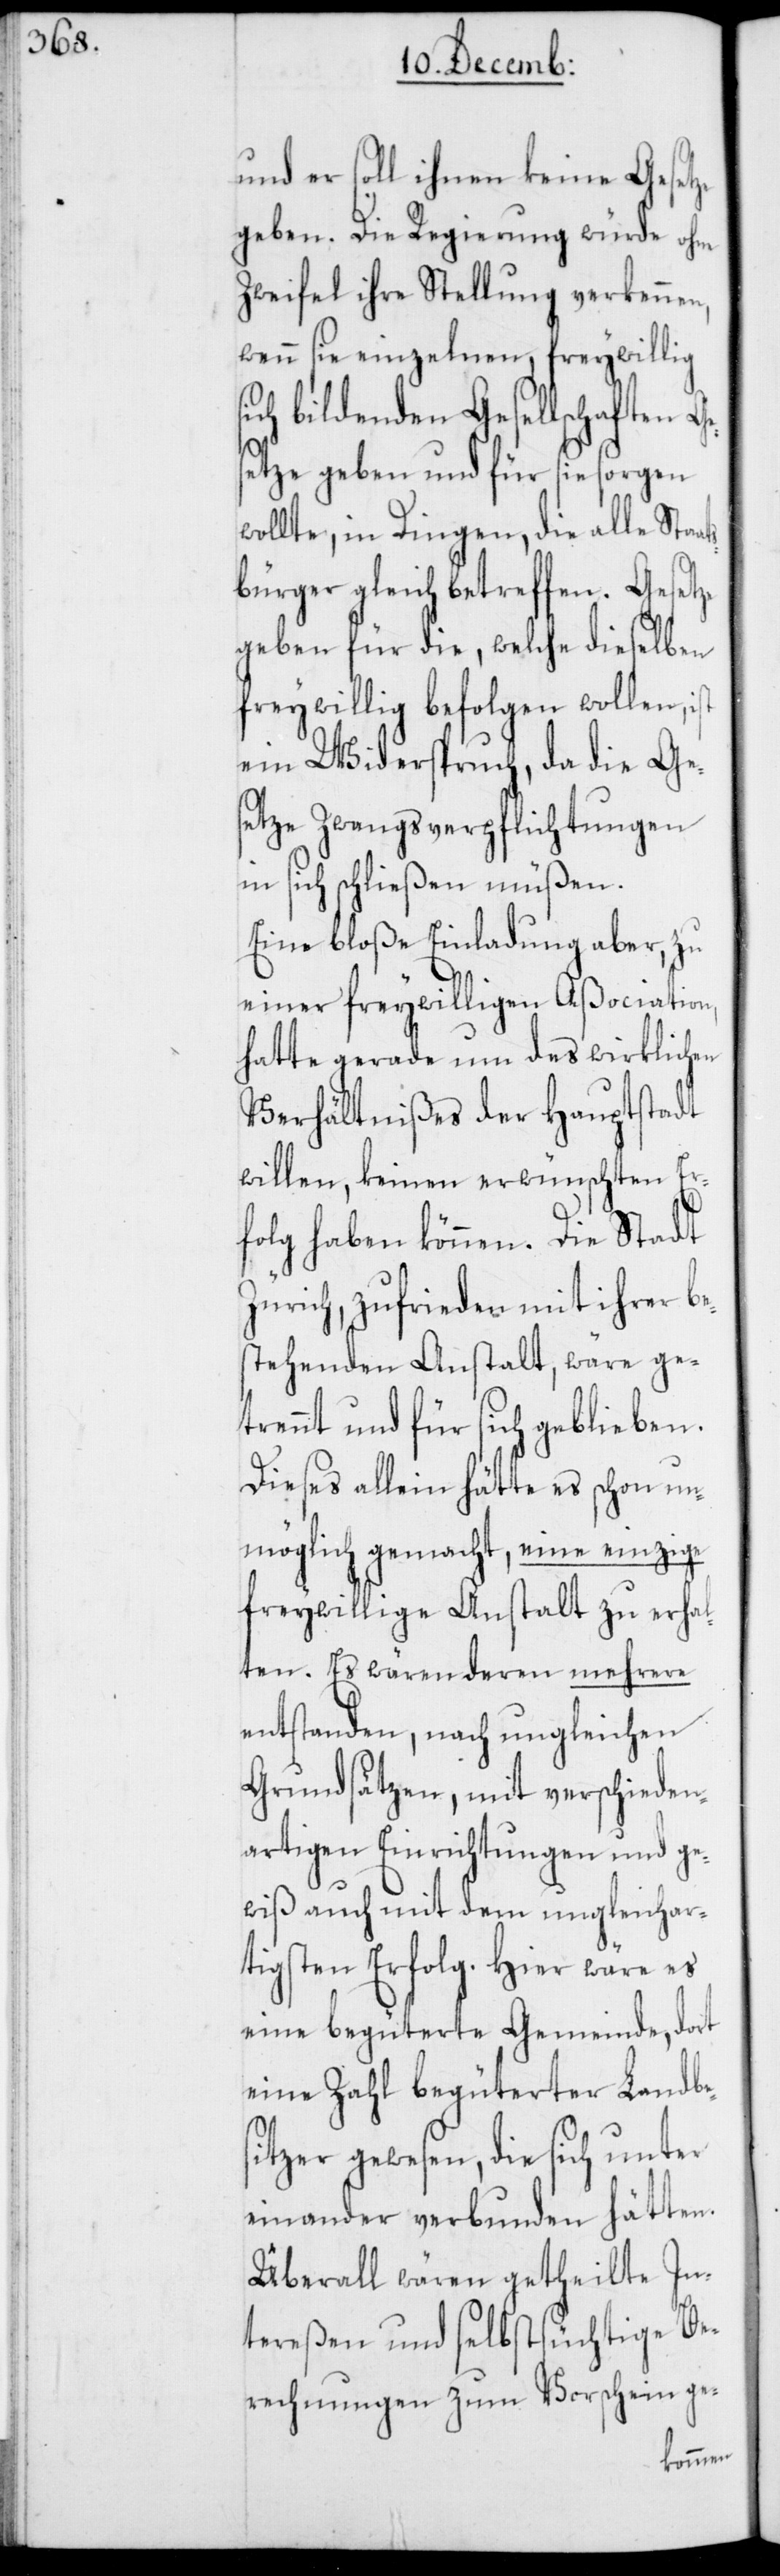
ats¬

und er soll ihnen keine Gesetze
geben. Die Regierung würde ohne
Zweifel ihre Stellung verkennen,
wenn sie einzelnen, freywillig
bildenden Gesellschaften Ge¬
setze geben und für sie sorgen
wollte, in Dingen, die alle Sta¬
bürger gleich betreffen. Gesetze
geben für die, welche dieselben
freywillig befolgen wollen,
ein Widerspruch, da die Ges¬
etze Zwangsverpflichtungen
in sich schließen müßen.
Eine bloße Einladung aber, zu
einer freywilligen Aßociation,
hatte gerade um des wirklichen
Verhältnißes der Hauptstadt
willen, keinen erwünschten Er¬
folg haben können. Die Stadt
Zürich, zufrieden mit ihrer be¬
stehenden Anstalt, wäre ge¬
trennt und für sich geblieben.
Dieses allein hätte es schon un¬
möglich gemacht, eine einzige
freywillige Anstalt zu erhal¬
ten. Es wären deren mehrere
entstanden, nach ungleichen
Grundsätzen, mit verschieden¬
artigen Einrichtungen und ge¬
wiß auch mit dem ungleichar¬
tigsten Erfolg. Hier wäre es
eine begüterte Gemeinde, dort
eine Zahl begüterter Landbe¬
sitzer gewesen, die sich unter
einander verbunden hätten.
Überall wären getheilte In¬
tereßen und selbstsüchtige Be¬
rechnungen zum Vorschein ge-